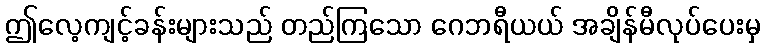
ဤလေ့ကျင့်ခန်းများသည် တည်ကြသော ဂေဘရီယယ် အချိန်မီလုပ်ပေးမှ